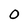
Character: 0